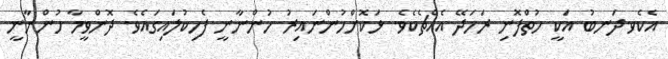
އެކެވ.ދަނބު އަކީ ހުތްފޮނި ރަހަދޭ އެއްޗެކެވެ. ޅަކޮށްހުންނައިރު ހުންނާނީ ފެހިކުލައިގައެވެ. ދޮންވީމާ ހުންނާނީ